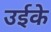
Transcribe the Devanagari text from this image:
उईके